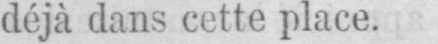
déjà dans cette place.